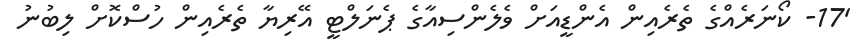
'17- ކޯނަރެއްގެ ތެރެއިން އެންޑީއަށް ވެލެންސިއާގެ ޕެނަލްޓީ އޭރިޔާ ތެރެއިން ހުސްކޮށް ލިބުނު